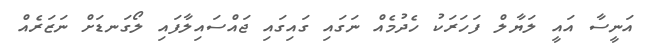
އަނީސާ އައީ ލަޔާލް ފަހަރަކު ހެދުމެއް ނަގައި ގައިގައި ޖައްސައިލާފައި ލޯގަނޑަށް ނަޒަރެއް